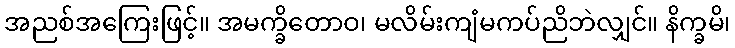
အညစ်အကြေးဖြင့်။ အမက္ခိတောဝ၊ မလိမ်းကျံမကပ်ညိဘဲလျှင်။ နိက္ခမိ၊